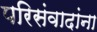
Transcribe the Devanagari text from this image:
परिसंवादांना